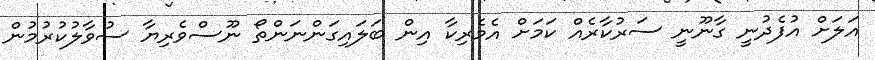
އަލަަށް އުފެދުނީ ގާނޫނީ ސަރުކާރެއް ކަމަށް އެމެރިކާ އިން ބަލައިގަންނަންތޯ ނޫސްވެރިޔާ ސުވާލުކުރުމުން